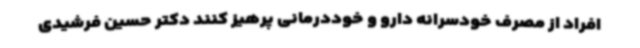
افراد از مصرف خودسرانه دارو و خوددرمانی پرهیز کنند دکتر حسین فرشیدی